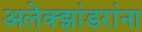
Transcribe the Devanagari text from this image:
अलेक्झांडरांना